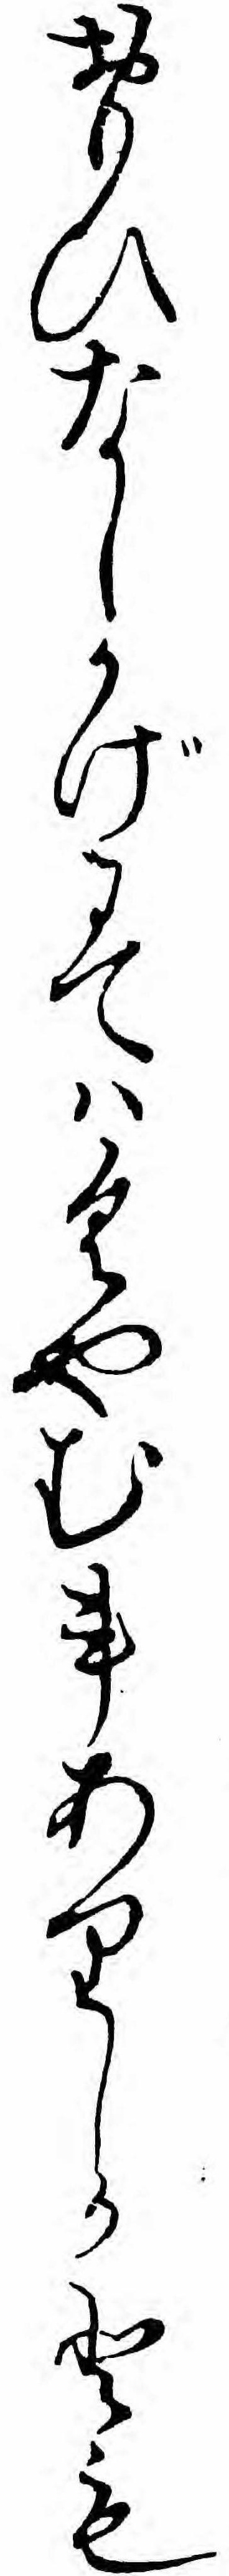
おもひなしかげにてハくやむ事ありしかとも